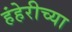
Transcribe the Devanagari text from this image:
हंहेरीच्या